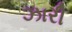
ઝારી